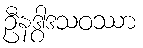
ဦနဒွါဒသဝဿာ